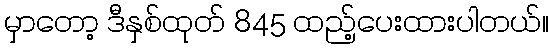
မှာတော့ ဒီနှစ်ထုတ် 845 ထည့်ပေးထားပါတယ်။